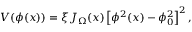
V ( \phi ( x ) ) = \xi J _ { \Omega } ( x ) \left[ \phi ^ { 2 } ( x ) - \phi _ { 0 } ^ { 2 } \right] ^ { 2 } ,